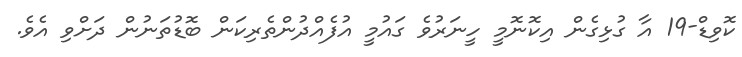
ކޮވިޑް-19 އާ ގުޅިގެން އިކޮނޮމީ ހީނަރުވެ ގައުމީ އުފެއްދުންތެރިކަން ބޮޑުތަނުން ދަށްވި އެވެ.